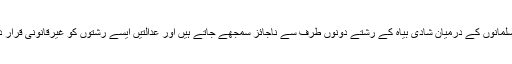
ان کے اور مسلمانوں کے درمیان شادی بیاہ کے رشتے دونوں طرف سے ناجائز سمجھے جاتے ہیں اور عدالتیں ایسے رشتوں کو غیرقانونی قرار دے چکی ہیں۔